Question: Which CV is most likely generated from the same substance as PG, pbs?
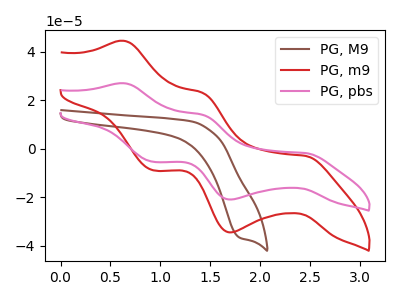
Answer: <think>The brown curve "PG, M9" has a cathodic peak at: (1.80V, -36.70uA). The red curve "PG, m9" has anodic peaks at (0.65V, 44.50uA) (1.40V, 23.10uA) and cathodic peaks at (2.45V, -2.95uA) (1.70V, -34.50uA) (0.95V, -8.90uA). The pink curve "PG, pbs" has anodic peaks at (0.65V, 27.00uA) (1.40V, 14.00uA) and cathodic peaks at (2.45V, -1.80uA) (1.70V, -20.95uA) (0.95V, -5.40uA).
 "PG, M9" and "PG, m9" have a different number of peaks. "PG, M9" and "PG, pbs" have a different number of peaks. All the peaks in "PG, m9" have a peak in "PG, pbs" at the same potential. Every peak in "PG, m9" is higher than every peak in "PG, pbs".</think>
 <answer>The CV with the most similar shape to "PG, m9" is "PG, pbs".</answer>
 <eval>"PG, pbs"</eval>